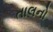
તાલનો